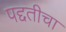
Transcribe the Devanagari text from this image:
पद्दतीचा